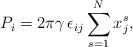
\begin{align*}P_{i}=2\pi \gamma \, \epsilon_{ij}\sum_{s=1}^{N}x_{j}^{s},\end{align*}